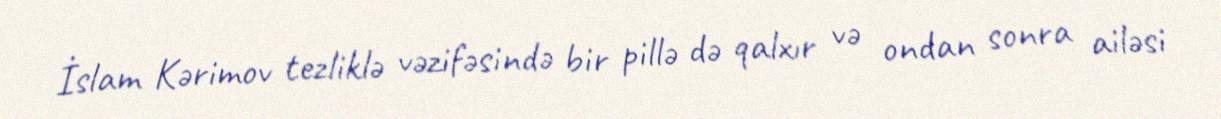
İslam Kərimov tezliklə vəzifəsində bir pillə də qalxır və ondan sonra ailəsi